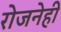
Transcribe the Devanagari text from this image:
रोजनेही